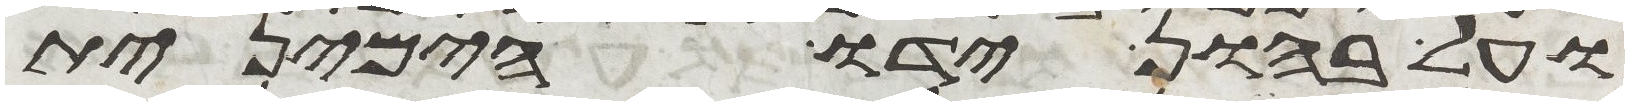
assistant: ועל בהון ידו הימנית